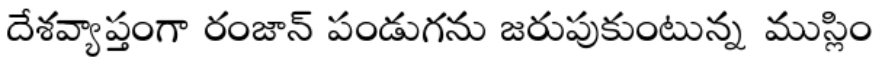
దేశవ్యాప్తంగా రంజాన్ పండుగను జరుపుకుంటున్న ముస్లిం